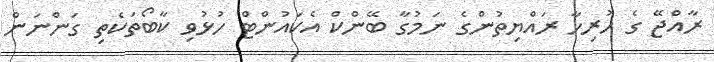
ރާއްޖޭ ގެ ހުރިހާ ރައްޔިތުންގެ ނަމުގާ ބޭންކް އެކައުންޓް ހުޅުވި ކާބޯތަކެތި ގަންނަން